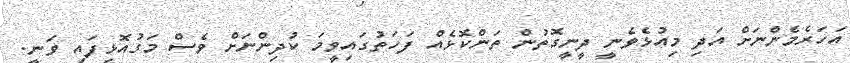
އަހަރެމެންނަށް އަދި މިއުޅެވެނީ ދީނީގޮތުން ތަންކޮޅެއް ފަހަތުގައިވީމަ ކުދިންނަށް ވެސް މަގުއޮޅިފައި ވަނީ.